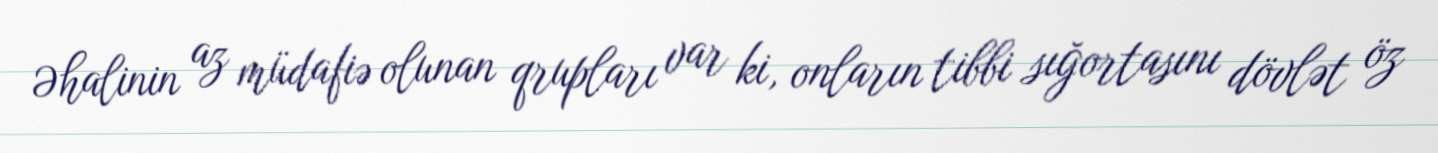
Əhalinin az müdafiə olunan qrupları var ki, onların tibbi sığortasını dövlət öz